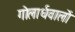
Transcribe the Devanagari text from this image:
गोलार्धवालों